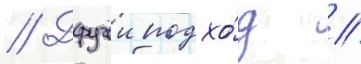
// Другои подхо́д /